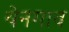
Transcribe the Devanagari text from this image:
येनगाव